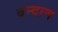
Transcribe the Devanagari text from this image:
बन्दाण